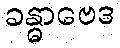
ခန္ဓာဗေဒ